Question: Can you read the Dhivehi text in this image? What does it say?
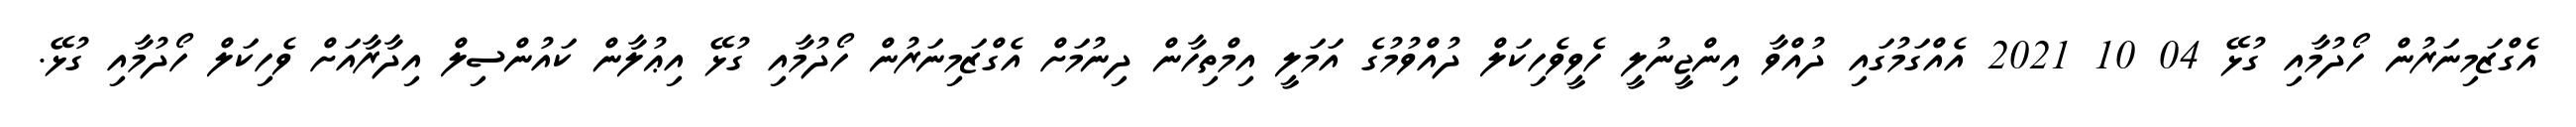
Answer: އެގްޒަމިނަރުން ހޯދުމާއި ގުޅޭ 04 10 2021 އެއްގަމުގައި ދުއްވާ އިންޖީނުލީ ހެވީވެހިކަލް ދުއްވުމުގެ އަމަލީ އިމްތިހާން ދިނުމަށް އެގްޒަމިނަރުން ހޯދުމާއި ގުޅޭ އިޢުލާން ކައުންސިލް އިދާރާއަށް ވެހިކަލް ހޯދުމާއި ގުޅޭ.